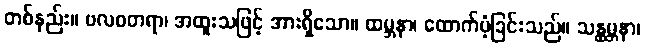
တစ်နည်း။ ဗလဝတရာ၊ အထူးသဖြင့် အားရှိသော။ ထမ္ဘနာ၊ ထောက်ပံ့ခြင်းသည်။ သန္ထမ္ဘနာ၊